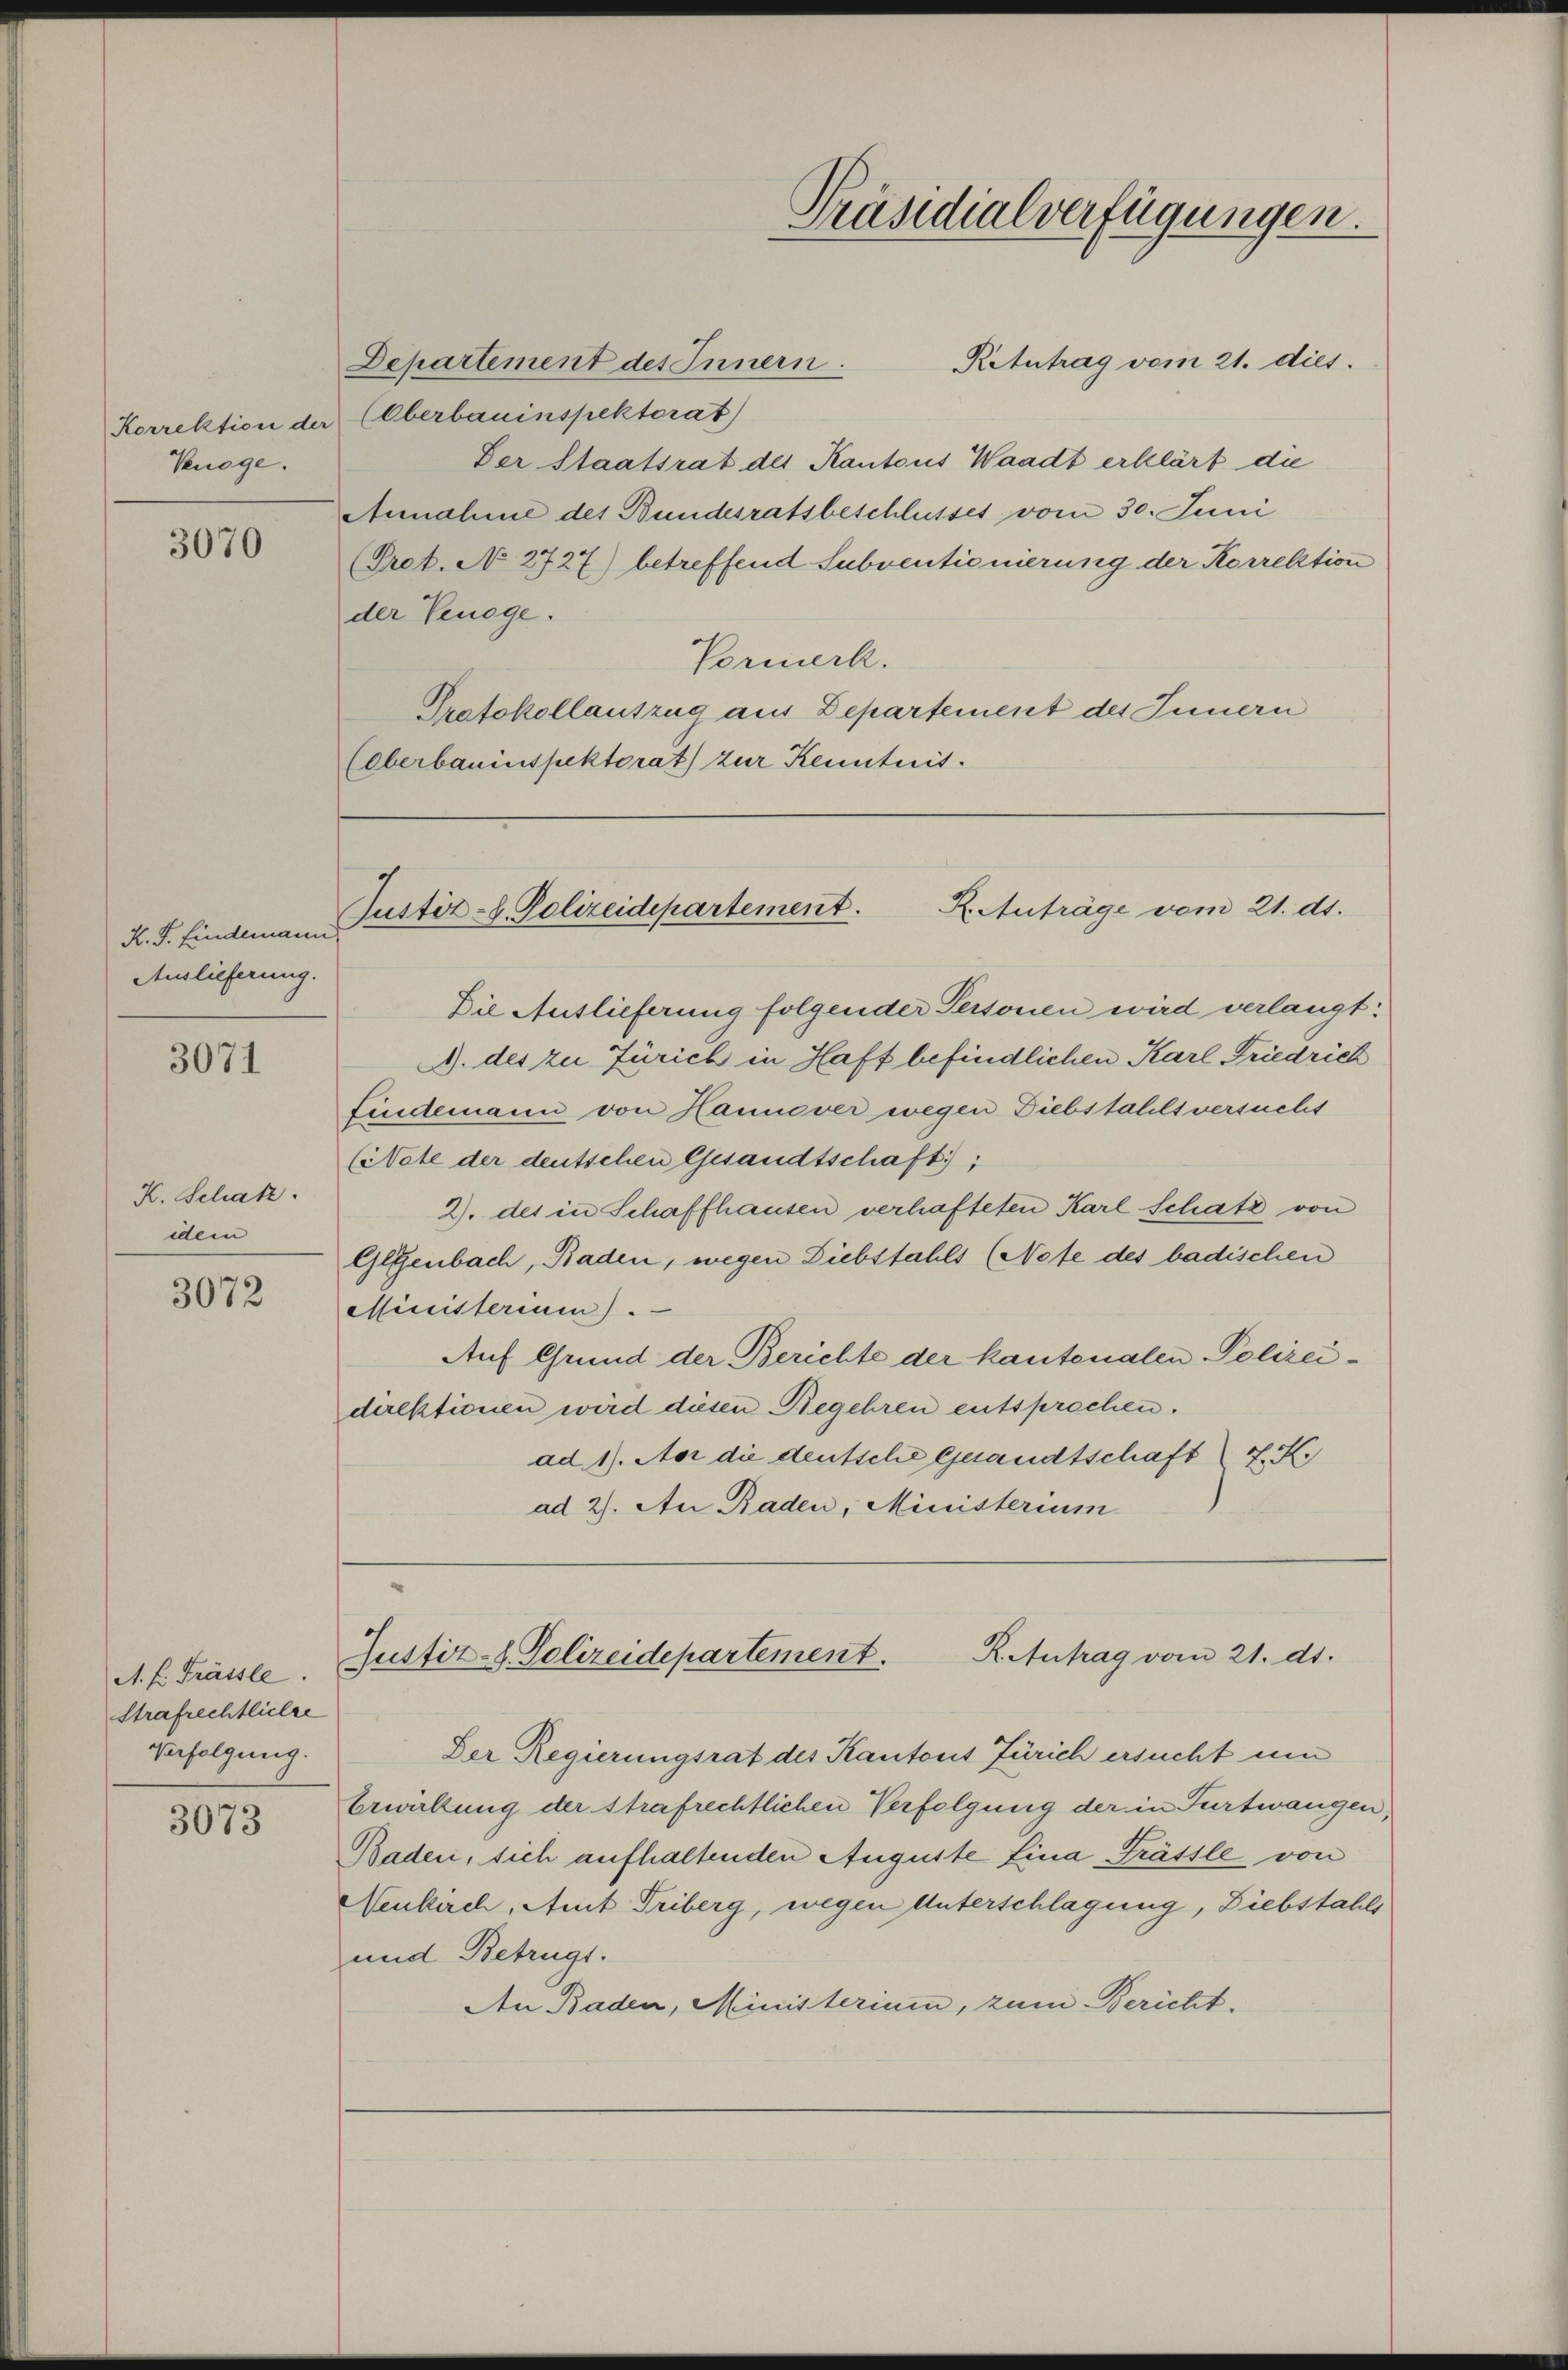
Knöge.

3070

K. J. Findemann
Auslieferung.

3071

K. Schatz.
idem

3072

A. h. Trässle
Strafrechtliche
Verfolgung.

3073

Departement des Innern.

Retntrag vom 21. dies
Korrektion der (Oberbauinspektorat
Der Staatsrat des Kantons Waadt erklärt die
Annahme des Bundesratsbeschlusses vom 30. Juni
(Pret. No 2727) betreffend Subventionierung der Korrektion
der Venege.
Vormerk.
Protokollauszug aus Departement des Innern
(Oberbauinspektorat) zur Kenntnis.

Die Auslieferung folgender Personen wird verlangt:
. des zu Zürich in Haft befindlichen Karl Friedrich
Lindemann von Hannover wegen Diebstahls versucht
(Nate der deutschen Gesandtschaft);
2). des in Schaffhausen verhafteten Karl Schatz von
Gegenbach, Baden, wegen Diebstahls (Note des badischen
Ministerium).
Auf Grund der Berichte der kantonalen Polizeidirektionen wird diesen Begehren entsprochen.
ad 1. Nor die deutsche Gesandtschaft 4. K.
ad 2. An Baden, Ministerium

Präsidialverfügungen.

R. Anträge vom 21. dt.
Justiz- & Polizeidepartement.

R. Antrag vom 21. dt.
Justiz-S. Polizeidepartement.

Der Regierungsrat des Kantons Zürich ersucht um
Erwirkung der strafrechtlichen Verfolgung der in Furtwangen,
Baden, sich aufhaltenden Auguste Lina Trässle von
Neukirch, Amt Triberg, wegen Unterschlagung, Diebstahls
und Betrügt.
An Baden, Ministerium, zum Bericht.